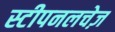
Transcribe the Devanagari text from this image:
स्टीपनलचेज़